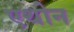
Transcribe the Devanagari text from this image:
एथोन